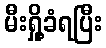
မီးရှို့ခံရပြီး